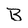
Character: B